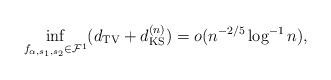
LaTeX: \begin{align*}\inf_{f_{\alpha,s_1,s_2} \in \mathcal{F}^1}(d_{\mathrm{TV}} + d_{\mathrm{KS}}^{(n)}) = o(n^{-2/5}\log^{-1} n),\end{align*}